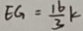
E G = \frac { 1 6 } { 3 } k